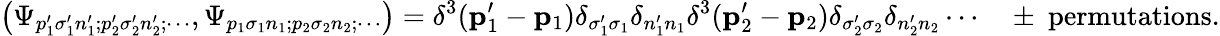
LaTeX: \left(\Psi_{p_{1}^{\prime}\sigma_{1}^{\prime}n_{1}^{\prime};p_{2}^{\prime}\sigma_{2}^{\prime}n_{2}^{\prime};\cdots},\Psi_{p_{1}\sigma_{1}n_{1};p_{2}\sigma_{2}n_{2};\cdots}\right)=\delta^{3}(\mathbf{p}_{1}^{\prime}-\mathbf{p}_{1})\delta_{\sigma_{1}^{\prime}\sigma_{1}}\delta_{n_{1}^{\prime}n_{1}}\delta^{3}(\mathbf{p}_{2}^{\prime}-\mathbf{p}_{2})\delta_{\sigma_{2}^{\prime}\sigma_{2}}\delta_{n_{2}^{\prime}n_{2}}\cdots\quad\pm{\mathrm{~permutations}}.